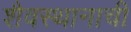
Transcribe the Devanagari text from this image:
शैवस्थानाची